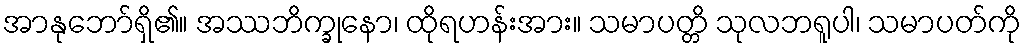
အာနုဘော်ရှိ၏။ အဿဘိက္ခုနော၊ ထိုရဟန်းအား။ သမာပတ္တိ သုလဘရူပါ၊ သမာပတ်ကို